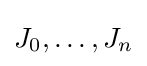
J_{0},\ldots ,J_{n}